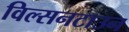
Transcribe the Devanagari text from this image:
विल्सनटाउन